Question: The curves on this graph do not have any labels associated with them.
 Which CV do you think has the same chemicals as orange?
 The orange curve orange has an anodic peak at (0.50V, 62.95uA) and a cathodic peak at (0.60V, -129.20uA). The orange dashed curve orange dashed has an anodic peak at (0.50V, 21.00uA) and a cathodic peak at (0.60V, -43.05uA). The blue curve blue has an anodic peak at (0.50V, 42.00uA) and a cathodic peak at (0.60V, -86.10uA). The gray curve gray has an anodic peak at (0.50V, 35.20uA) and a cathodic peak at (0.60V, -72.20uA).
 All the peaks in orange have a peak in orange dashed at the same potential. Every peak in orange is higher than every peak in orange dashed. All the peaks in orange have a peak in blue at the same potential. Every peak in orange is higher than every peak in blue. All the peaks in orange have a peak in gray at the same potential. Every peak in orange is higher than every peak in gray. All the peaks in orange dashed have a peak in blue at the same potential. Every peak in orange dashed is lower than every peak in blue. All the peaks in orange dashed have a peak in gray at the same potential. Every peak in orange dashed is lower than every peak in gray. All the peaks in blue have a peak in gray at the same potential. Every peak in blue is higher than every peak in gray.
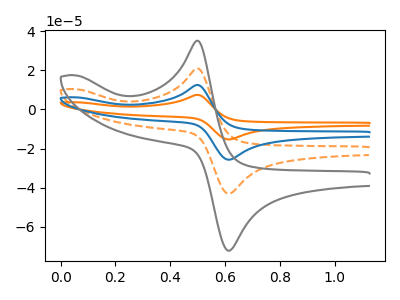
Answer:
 <answer>"orange", "orange dashed" and "blue" have a similar shape to "gray".</answer>
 <eval>"orange" "orange dashed" "blue"</eval>